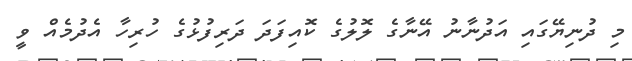
މި ދުނިޔޭގައި އަދުނާނު އޭނާގެ ލޮލުގެ ކޮއިފަދަ ދަރިފުޅުގެ ހުރިހާ އެދުމެއް ވީ